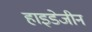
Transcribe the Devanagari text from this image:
हाइडेजीन